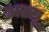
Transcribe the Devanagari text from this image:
अस्सू